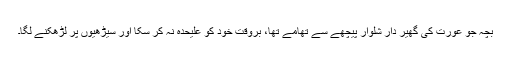
بچہ جو عورت کی گھیر دار شلوار پیچھے سے تھامے تھا، بروقت خود کو علیحدہ نہ کر سکا اور سیڑھیوں پر لڑھکنے لگا۔